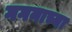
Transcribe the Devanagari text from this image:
गगनाच्या